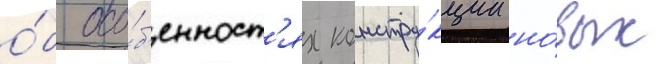
о́б осо́б'енност'ях констру́кции но́вых